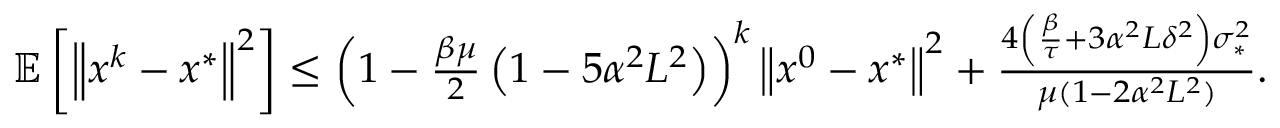
\begin{array} { r } { \mathbb { E } \left[ \left\| x ^ { k } - x ^ { * } \right\| ^ { 2 } \right] \leq \left( 1 - \frac { \beta \mu } 2 \left( 1 - 5 \alpha ^ { 2 } L ^ { 2 } \right) \right) ^ { k } \left\| x ^ { 0 } - x ^ { * } \right\| ^ { 2 } + \frac { 4 \left( \frac \beta \tau + 3 \alpha ^ { 2 } L \delta ^ { 2 } \right) \sigma _ { * } ^ { 2 } } { \mu ( 1 - 2 \alpha ^ { 2 } L ^ { 2 } ) } . } \end{array}